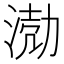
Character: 𭱅